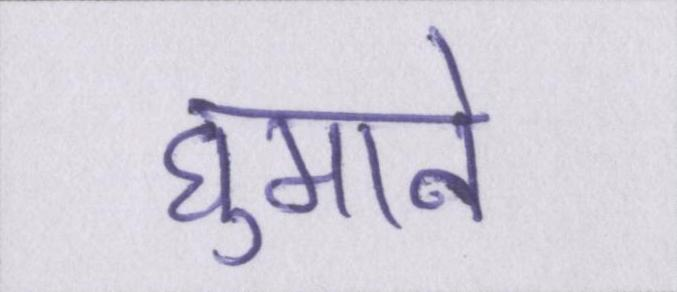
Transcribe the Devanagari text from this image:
घुमाने